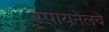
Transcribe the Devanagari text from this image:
स्पायनेलचे